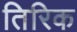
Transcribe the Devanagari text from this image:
तिरिक